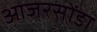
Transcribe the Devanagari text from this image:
आजरसोंडा